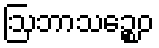
ဩဘာသဉ္စေဝ